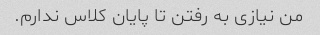
من نیازی به رفتن تا پایان کلاس ندارم.